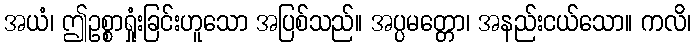
အယံ၊ ဤဥစ္စာရှုံးခြင်းဟူသော အပြစ်သည်။ အပ္ပမတ္တော၊ အနည်းငယ်သော။ ကလိ၊